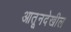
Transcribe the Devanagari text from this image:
आतूनदेखील